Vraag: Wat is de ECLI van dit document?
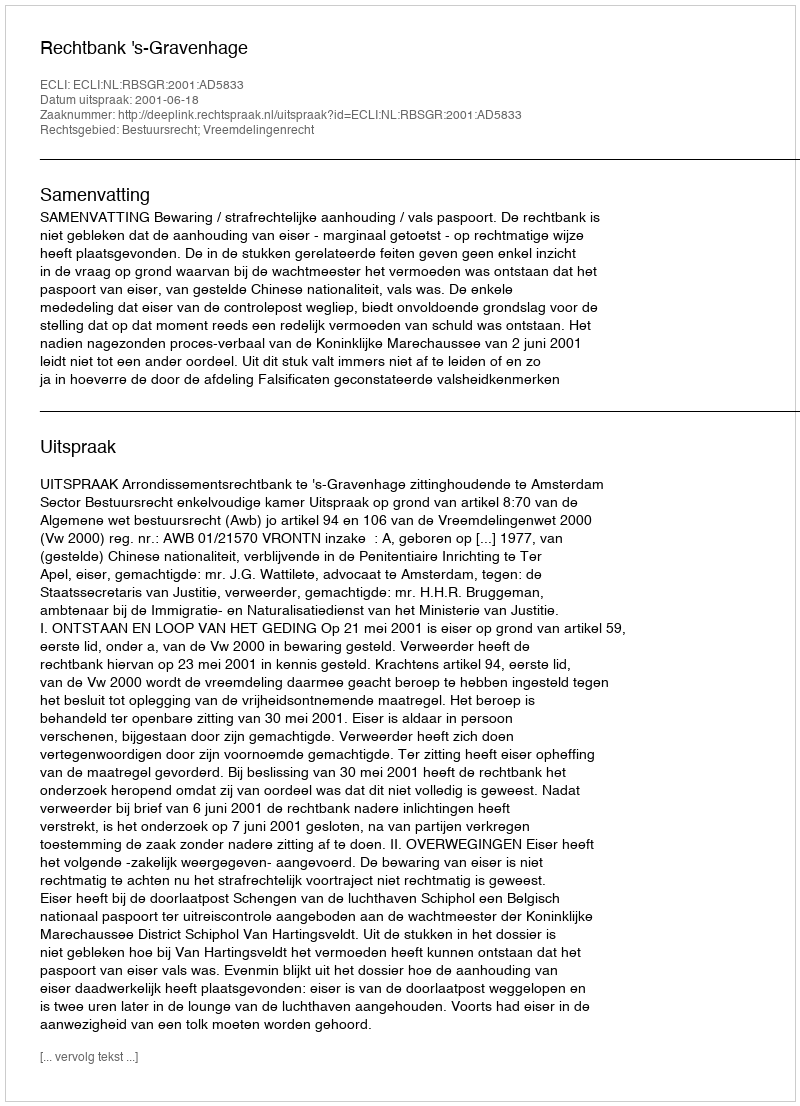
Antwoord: ECLI:NL:RBSGR:2001:AD5833